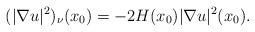
LaTeX: \begin{align*} (|\nabla u|^2)_{\nu}(x_0)=-2H(x_0)|\nabla u|^2(x_0).\end{align*}